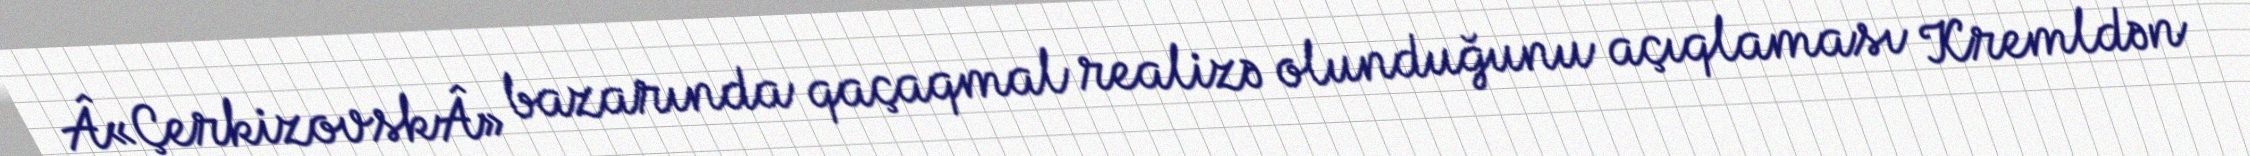
Â«ÇerkizovskÂ» bazarında qaçaqmal realizə olunduğunu açıqlaması Kremldən